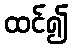
ထင်၍